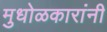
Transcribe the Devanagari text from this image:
मुधोळकारांनी